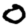
Digit: 0